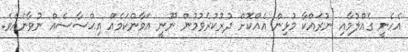
އެހެނީ ގެއްލުމާއި ނުރައްކާ މުޅިން އެއްކޮށް ދުރުކުރެވުމުން ނޫނީ އަމާންކަމެއް އިޙްސާސެއް ނުވާނެއެވެ.